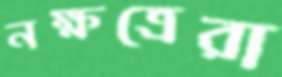
নক্ষত্রেরা